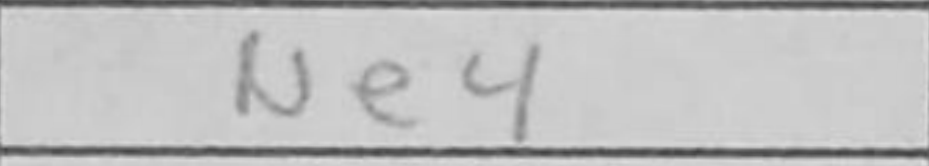
Transcription: Ne4